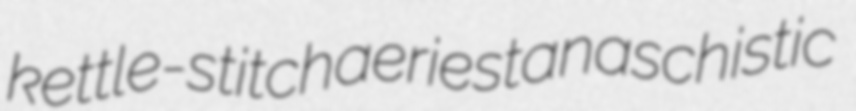
kettle-stitch aeriest anaschistic